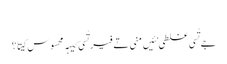
‏
جے تُسی غلطی نئیں منی تے فیر تُسی کیہہ محسوس کیتا؟